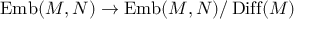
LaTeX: \operatorname { E m b } ( M , N ) \to \operatorname { E m b } ( M , N ) / \operatorname { D i f f } ( M )